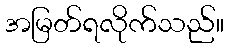
အမြတ်ရလိုက်သည်။